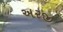
અરજી